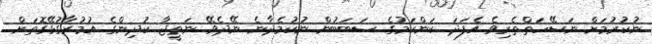
ނުކުރުމަށް ނަސޭހަތްތެރިވެ އެފަދަ ކަންކަމުގެ ސަބަބުން ނުކުމެދާނެ ނޭދެވޭ ނަތީޖާ ކުދިންގެ އުމުރާގުޅޭގޮތަށް